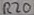
Text: R20